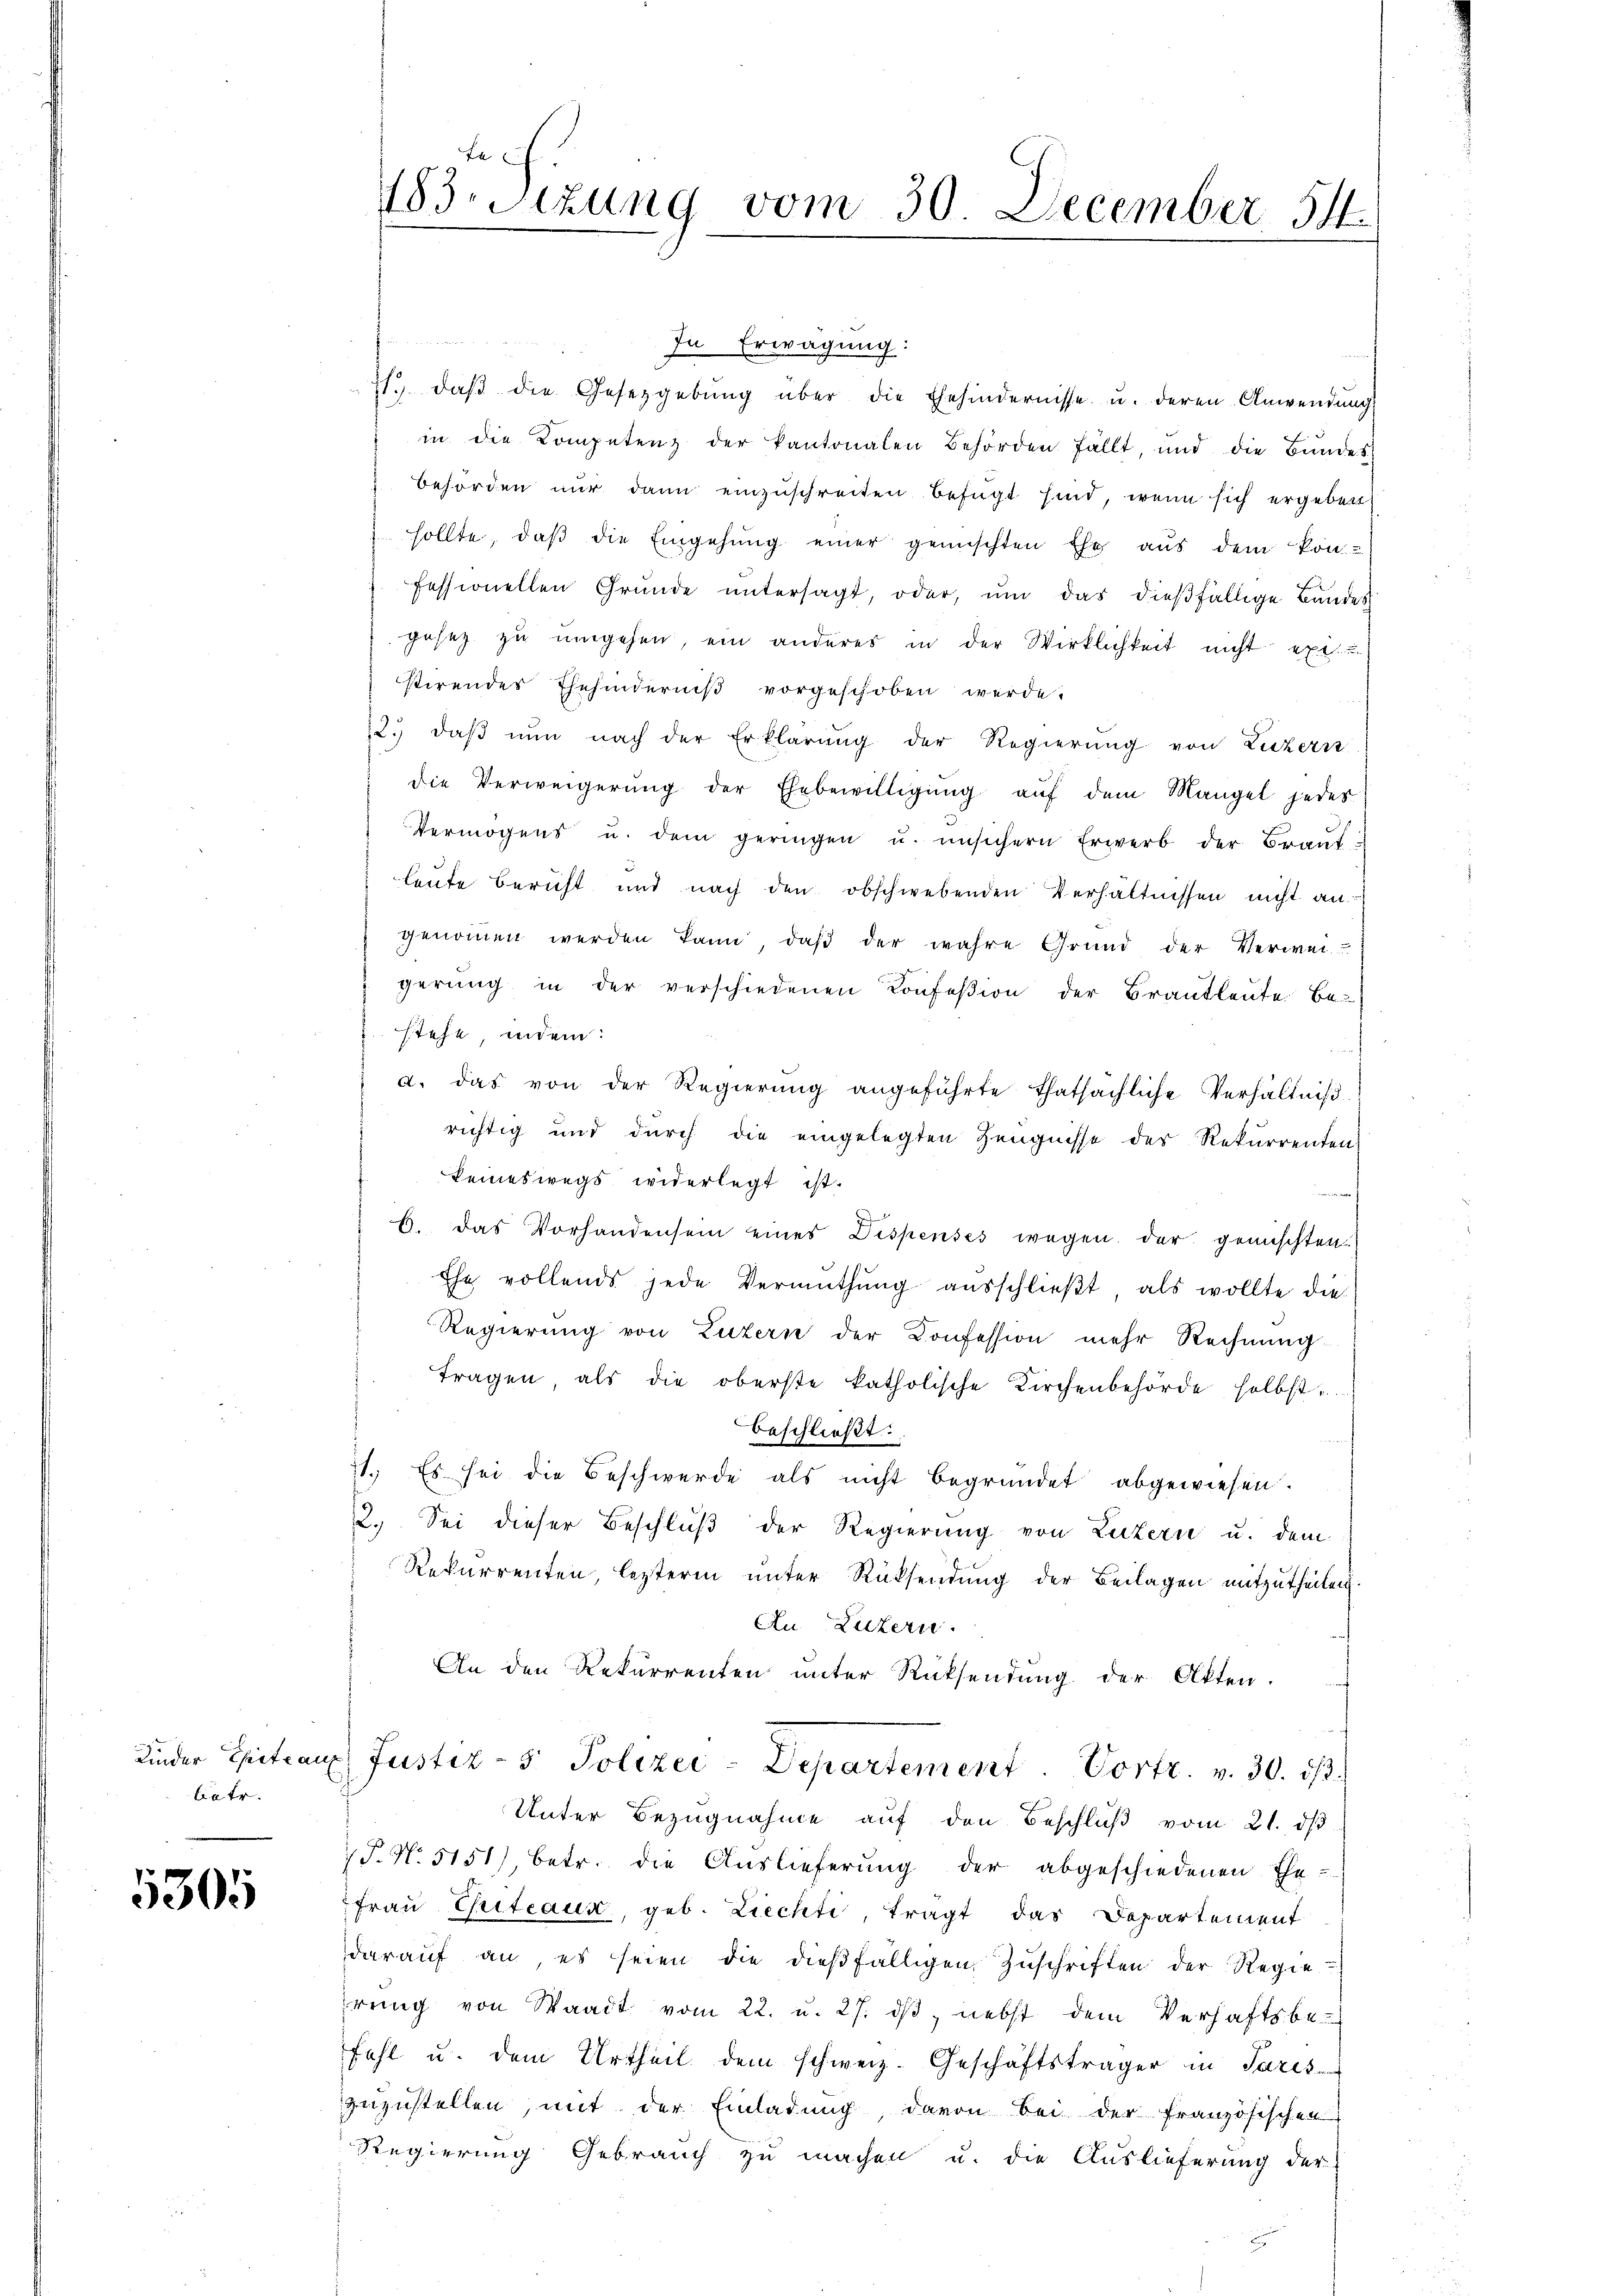
Kinder Ehete auf
tiatr.

5305

In Erwägung:
71. daβ die Gesetzgebŭng über die Ehehindernisse u. deren Anwendŭng
in die Kompetenz der Kantonalen Behörden fällt, und die Bŭndes
behörden nur dann einzuschreiten befugt sind, wenn sich ergeben:
sollte, daβ die Eingehung einer gemischten Ehe aus dem kon-
fessionellen Gründe untersagt, oder, um das dießfällige Bandes
gesetz zu umgehen, ein anderes in der Wirklichkeit nicht exe
stirendes Ehehinderniß vorgeschoben werde.
12. daβ nŭn nach der Erklärung der Regierung von Luzern
die Verweigerŭng der Ehebewilligŭng aŭf dem Mangel jedes
Vermögens u. dem geringen u. unsichern Erwerb der Braŭt-
leute Bericht und nach den obschwebenden Verhältnissen nicht angenommen werden kann, daß der wahre Grund der Verweigerung in der verschiedenen Konfeßion der Brautleute Be-
stehe, indem:
d. das von der Regierŭng angeführte thatsächliche Verhältniß
richtig und durch die eingelegten Zeugnisse der Rekurrenten
keineswegs widerlegt ist.
h
b. das Vorhandensein eines Dispenses wegen der grünschten
Ehe vollends jede Vermuthŭng aŭsschlieβt, als wollte die
Regierung von Luzern der Konfession mehr Rechnŭng.
tragen als die oberste katholische Kirchenbehörde selbst
beschließt:
71. Es sei die Beschwerde als nicht begründet abgewiesen.
2. Sei dieser Beschluß der Regierung von Luzern u. dem
Rekurrenten, lezterm unter Rücksendung der Beilagen mitzutheilen.
An Luzern.
An den Rekurrenten unter Rücksendung der Akten.
Justiz- & Polizei-Departement. Vortr. v. 30. ds.
Unter Bezugnahme auf den Beschluß vom 21. dβ
T. N. 5151, betr. die Auslieferung der abgeschiedenen Ehe-
Frau Griteaux, geb. Liechte, tragt das Departement
daraŭf an es seien die dieβfälligen Zŭschriften der Regierŭng von Waadt vom 22. u. 27. dβ, nebst dem Verhaftsbe
Fahl u. dem Urtheil dem schweiz. Geschäftsträger in Paris
zuzustellen, mit der Einladung, davon bei der französischen
Regierung Gebrauch zu machen u. die Auslieferung der

E
ritzung vom 30. December 54